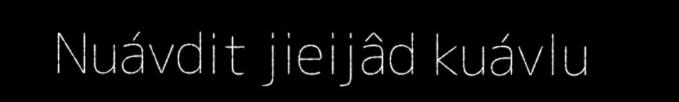
Nuávdit jieijâd kuávlu